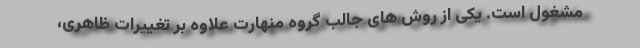
مشغول است. یکی از روش های جالب گروه منهارت علاوه بر تغییرات ظاهری،